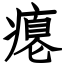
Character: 瘪